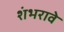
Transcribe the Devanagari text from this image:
शंभरावे